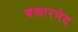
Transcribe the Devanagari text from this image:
बकारभेद